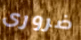
ضرورى